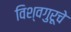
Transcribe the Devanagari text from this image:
विश्वगुरूचे